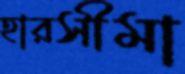
হারসীমা